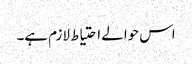
اس حوالے احتیاط لازم ہے۔